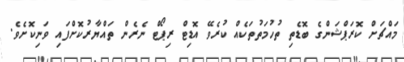
މައްޗަށް ކޮރަޕްޝަންގެ ބޮޑެތި ތުހުމަތުތަކެއް ކުރެވޭ އޮޑިޓް ރިޕޯޓް ނެރެން ތައްޔާރުކޮށްފައި ވަނިކޮށެވެ.